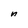
Character: n